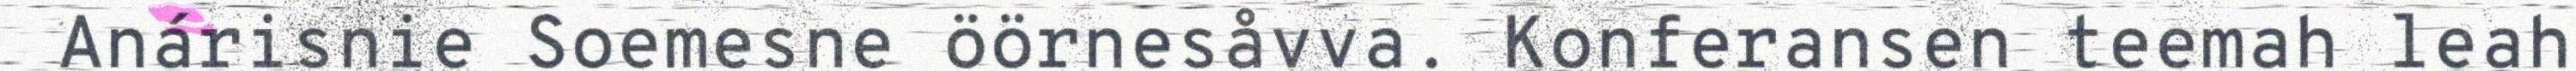
Anárisnie Soemesne öörnesåvva. Konferansen teemah leah